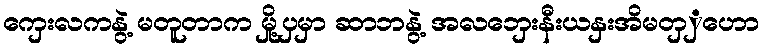
ကှေးလကနွဲ့ မတူတာက မှို့ပှမှာ ဆာဘနွဲ့ အလဘှေးနီးယနှးအိမတှှဟော